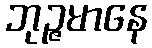
ဘုဉ္ဇမာနေ